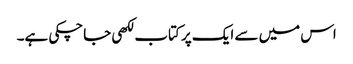
اس میں سے ایک پر کتاب لکھی جاچکی ہے۔